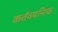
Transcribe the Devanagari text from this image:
कर्तव्‍यनिष्‍ठ